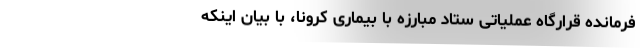
فرمانده قرارگاه عملیاتی ستاد مبارزه با بیماری کرونا، با بیان اینکه